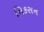
નિકસન